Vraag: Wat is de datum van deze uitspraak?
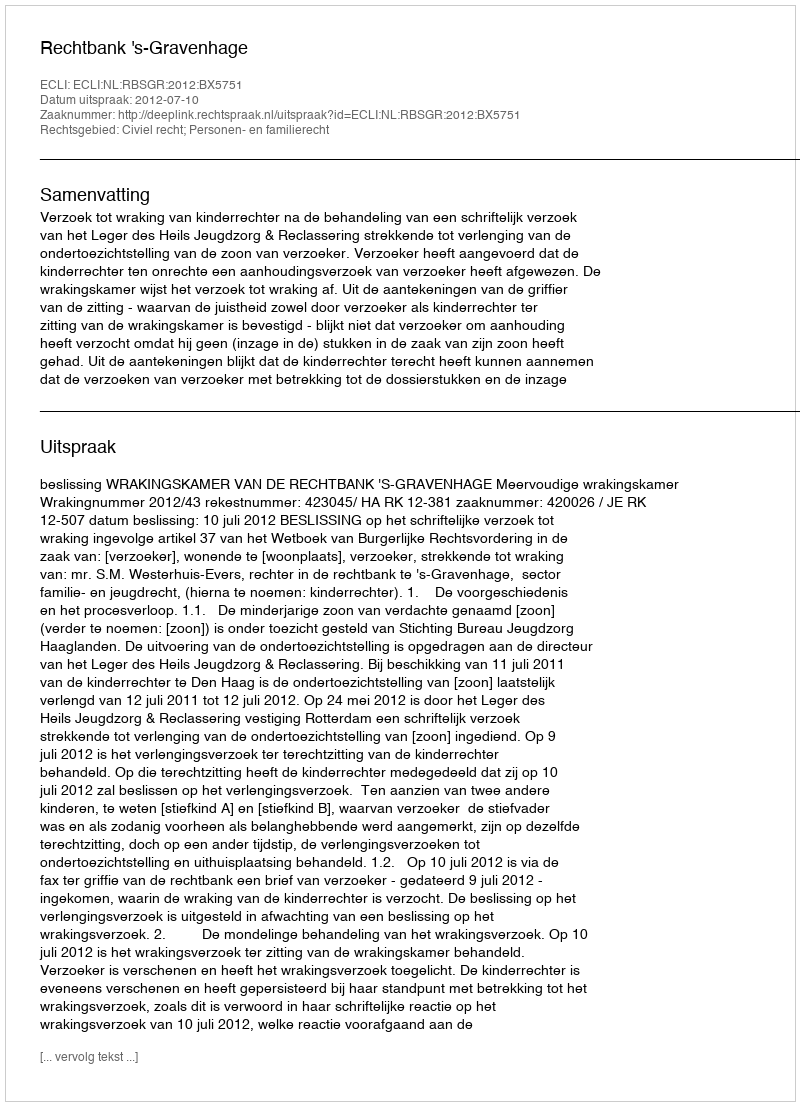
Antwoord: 2012-07-10